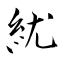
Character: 紌